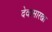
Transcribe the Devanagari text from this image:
देवासारखा